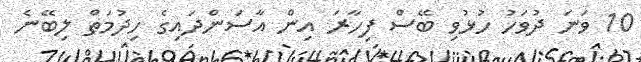
10 ވަނަ ދުވަހު ހުޅުވި ބޭސް ފިހާރަ އިން އާސަންދައިގެ ހިދުމަތް ލިބޭނެ